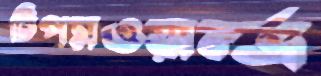
টিপসওয়ার্ল্ভ্র